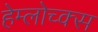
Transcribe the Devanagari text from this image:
हेम्लोच्क्स